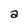
Character: a